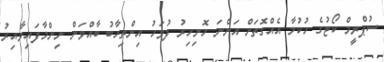
ސުޕްރީމް ކޯޓުގެ ހުކުމާ އެއްގޮތަށް އަންނަ ހޮނިހިރު ދުވަހު އިންތިހާބު ބާއްވަން ނިންމާފައިވާއިރު